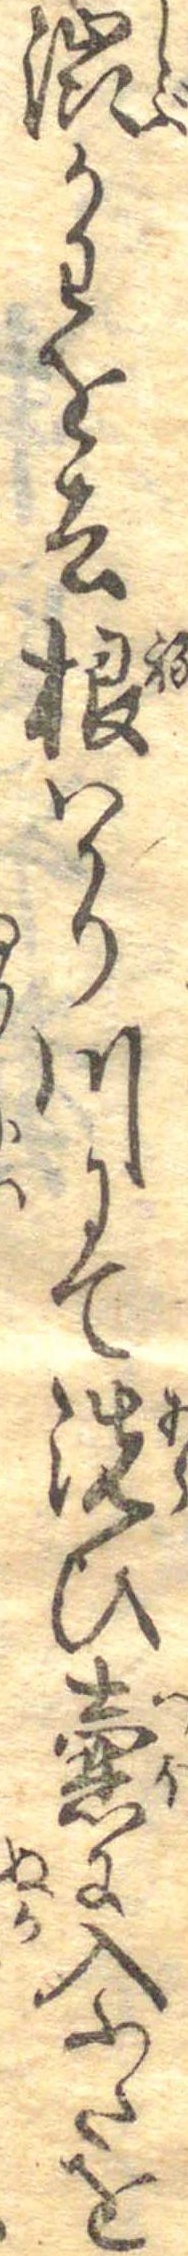
渋かわを去根はかり川にて洗ひ壼に入ふたを